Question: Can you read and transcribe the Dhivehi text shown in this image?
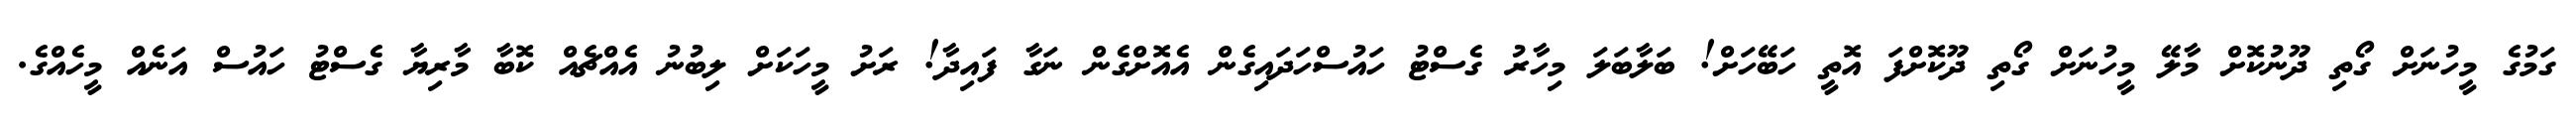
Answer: ގަމުގެ މީހުނަށް ގޯތި ދޫނުކޮށް މާލޭ މީހުނަށް ގޯތި ދޫކޮށްފަ އޮތީ ހަބޭހަށް! ބަލާބަލަ މިހާރު ގެސްޓު ހައުސްހަދައިގެން އެއޮށްގެން ނަގާ ފައިދާ! ރަށު މީހަކަށް ލިބުނު އެއްޗެއް ކޮބާ މާރިޔާ ގެސްޓު ހައުސް އަނެއް މީހެއްގެ.